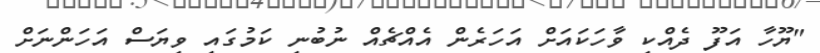
"ޔޫހާ އަފޫ ދެއްކި ވާހަކައަށް އަހަރެން އެއްޗެއް ނުބުނި ކަމުގައި ވިޔަސް އަހަންނަށް